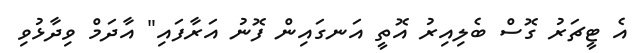
އެ ޓީޗަރު ގޮސް ބެލިއިރު އޮތީ އަނގައިން ފޮނު އަރާފައި" އާދަމް ވިދާޅުވި